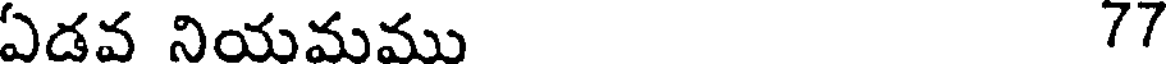
ఏడవ నియమము 77